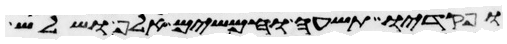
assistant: ופקדיו תשעה וחמשים אלף ושלש